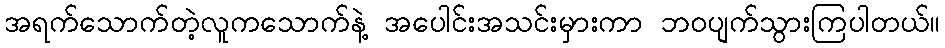
အရက်သောက်တဲ့လူကသောက်နဲ့ အပေါင်းအသင်းမှားကာ ဘဝပျက်သွားကြပါတယ်။